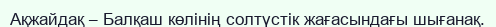
Ақжайдақ – Балқаш көлінің солтүстік жағасындағы шығанақ.